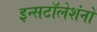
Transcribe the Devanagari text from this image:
इन्सटॉलेशंनों